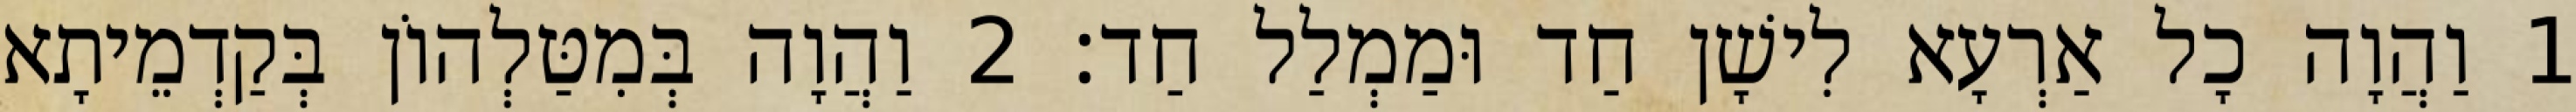
1 וַהֲוָה כָל אַרְעָא לִישָׁן חַד וּמַמְלַל חַד׃ 2 וַהֲוָה בְּמִטַּלְהוֹן בְּקַדְמֵיתָא